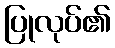
ပြုလုပ်၏